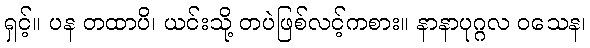
ရှင့်။ ပန တထာပိ၊ ယင်းသို့ တပဲဖြစ်လင့်ကစား။ နာနာပုဂ္ဂလ ဝသေန၊